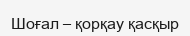
Шоғал – қорқау қасқыр